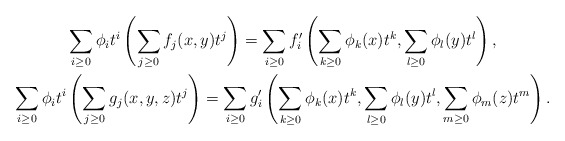
\begin{gather*}\sum_{i\geq0}\phi_it^i\left(\sum_{j\geq0}f_j(x, y)t^j\right)=\sum_{i\geq0}f_i'\left(\sum_{k\geq0}\phi_k(x)t^k, \sum_{l\geq0}\phi_l(y)t^l\right),\\\sum_{i\geq0}\phi_it^i\left(\sum_{j\geq0}g_j(x, y, z)t^j\right)=\sum_{i\geq0}g_i'\left(\sum_{k\geq0}\phi_k(x)t^k, \sum_{l\geq0}\phi_l(y)t^l, \sum_{m\geq0}\phi_m(z)t^m\right).\end{gather*}